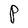
Character: P